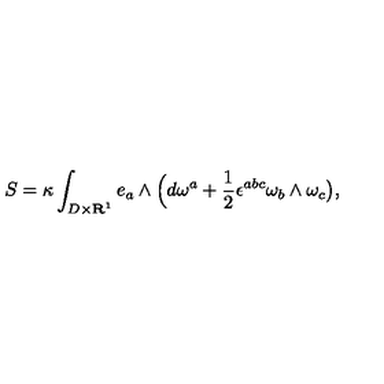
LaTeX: S = \kappa \int _ { D \times { \bf R } ^ { 1 } } e _ { a } \wedge \Bigl ( d \omega ^ { a } + { \frac { 1 } { 2 } } \epsilon ^ { a b c } \omega _ { b } \wedge \omega _ { c } \bigr ) ,